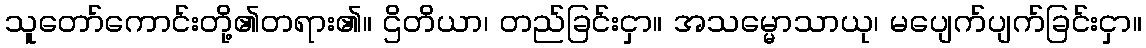
သူတော်ကောင်းတို့၏တရား၏။ ဌိတိယာ၊ တည်ခြင်းငှာ။ အသမ္မောသာယု၊ မပျေက်ပျက်ခြင်းငှာ။